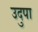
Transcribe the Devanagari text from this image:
उदुपा